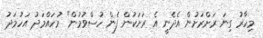
މިހާރު ގިނަ ރަށްރަށުން އެދެނީ އެ ރަށަކުން ފެން ހުސްވުމުން" މުހައްމަދު އަހުމަދު